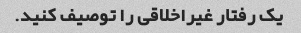
یک رفتار غیراخلاقی را توصیف کنید.